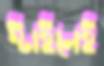
স্টাইলেই